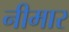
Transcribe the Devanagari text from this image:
नीमार